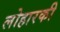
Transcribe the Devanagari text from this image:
लोहारकी